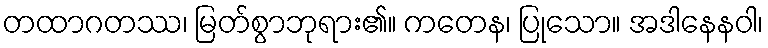
တထာဂတဿ၊ မြတ်စွာဘုရား၏။ ကတေန၊ ပြုသော။ အဒါနေနဝါ၊